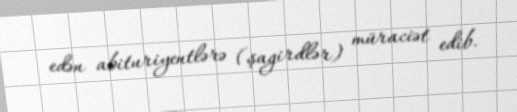
edən abituriyentlərə (şagirdlər) müraciət edib.